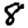
Digit: 8